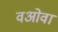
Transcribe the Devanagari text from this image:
वओवा